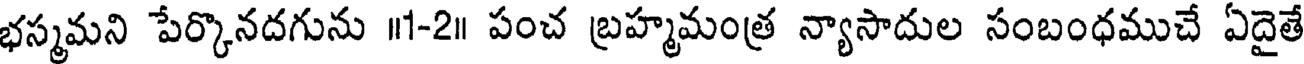
భస్మమని పేర్కొనదగును ॥1-2॥ పంచ బ్రహ్మమంత్ర న్యాసాదుల సంబంధముచే ఏదైతే